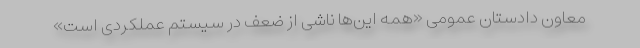
معاون دادستان عمومی «همه این‌ها ناشی از ضعف در سیستم عملکردی است»